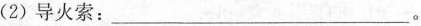
(2) 导火索：______ 。